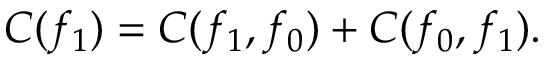
C ( f _ { 1 } ) = C ( f _ { 1 } , f _ { 0 } ) + C ( f _ { 0 } , f _ { 1 } ) .